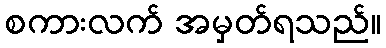
စကားလက် အမှတ်ရသည်။